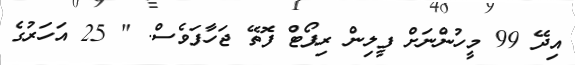
އިދޭ 99 މީހުންނަށް ފީލިން ރިޕޯޓް ފޮތޭ ޖަހާފަވެސް. " 25 އަހަރުގެ